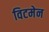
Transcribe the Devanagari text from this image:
विटमेन